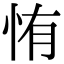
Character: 㤢